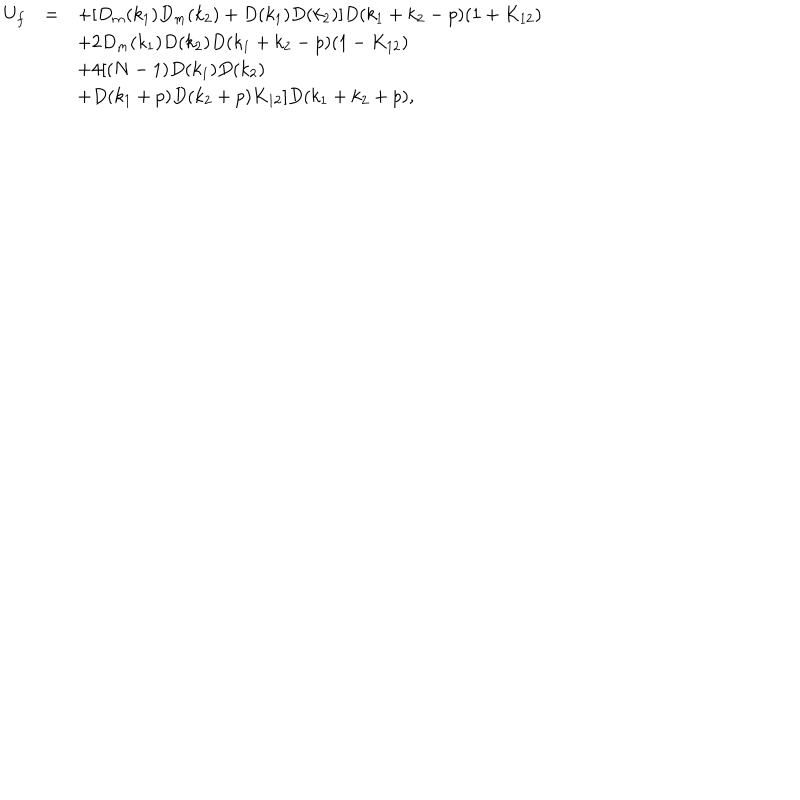
\begin{array} { r c l } { { U _ { f } } } & { { = } } & { { \displaystyle + [ D _ { m } ( k _ { 1 } ) D _ { m } ( k _ { 2 } ) + D ( k _ { 1 } ) D ( k _ { 2 } ) ] D ( k _ { 1 } + k _ { 2 } - p ) ( 1 + K _ { 1 2 } ) } } \\ { { } } & { { } } & { { \displaystyle + 2 D _ { m } ( k _ { 1 } ) D ( k _ { 2 } ) D ( k _ { 1 } + k _ { 2 } - p ) ( 1 - K _ { 1 2 } ) } } \\ { { } } & { { } } & { { \displaystyle + 4 [ ( N - 1 ) D ( k _ { 1 } ) D ( k _ { 2 } ) } } \\ { { } } & { { } } & { { \displaystyle + D ( k _ { 1 } + p ) D ( k _ { 2 } + p ) K _ { 1 2 } ] D ( k _ { 1 } + k _ { 2 } + p ) , } } \\ \end{array}